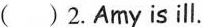
( )2. Amy is ill.